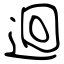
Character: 迴